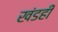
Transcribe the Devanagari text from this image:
खंडही